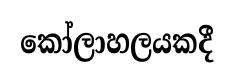
කෝලාහලයකදී